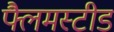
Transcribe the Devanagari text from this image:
फ्लैमस्टीड